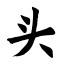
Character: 头